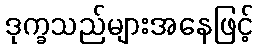
ဒုက္ခသည်များအနေဖြင့်